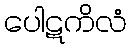
ပေါဋကိလံ